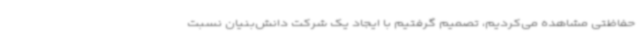
حفاظتی مشاهده می‌کردیم، تصمیم گرفتیم با ایجاد یک شرکت دانش‌بنیان نسبت